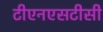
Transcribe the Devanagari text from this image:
टीएनएसटीसी